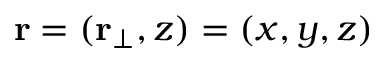
\mathbf { r } = ( \mathbf { r _ { \bot } } , z ) = ( x , y , z )